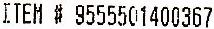
ITEM # 9555501400367